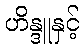
ဟိန္ဒူနှင့်